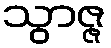
သွာဇ္ဇ